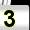
Digit: 3